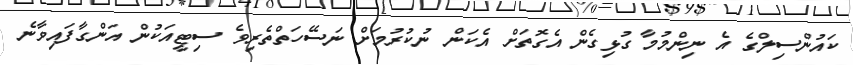
ކައުންސިލްގެ އެ ނިންމުމާ ގުޅިގެން އެގޮތަށް އެކަން ނުކުރުމަށް ނަސޭހަތްތެރިވެ ސިޓީއަކުން އަންގާފައިވާނެ